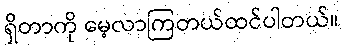
ရှိတာကို မေ့လာကြတယ်ထင်ပါတယ်။